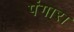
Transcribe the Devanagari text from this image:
पंगारा